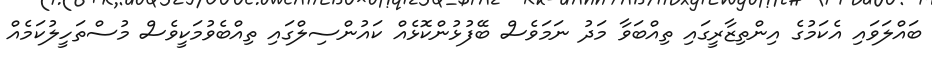
ބައްލަވައި އެކަމުގެ އިންތިޒާރީގައި ތިއްބަވާ މަދު ނަމަވެސް ބޭފުޅުންކޮޅެއް ކައުންސިލްގައި ތިއްބެވުމަކީވެސް މުސްތަހީލުކަމެއް